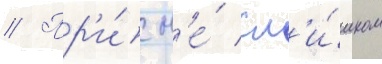
// Пр'и́ н'е́ сл'и́шком